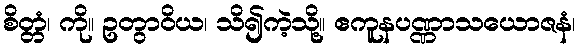
စိတ္တံ၊ ကို။ ဥတွာဝိယ၊ သိ၍ကဲ့သို့။ ဧကူနပဏ္ဏာသယောဇနံ၊